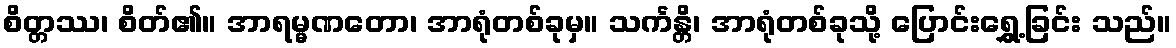
စိတ္တဿ၊ စိတ်၏။ အာရမ္မဏတော၊ အာရုံတစ်ခုမှ။ သင်္ကန္တိ၊ အာရုံတစ်ခုသို့ ပြောင်းရွှေ့ခြင်း သည်။